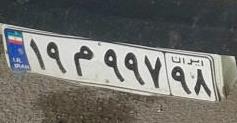
۱۹م۹۹۷۹۸